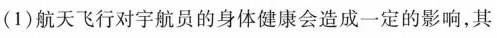
(1)航天飞行对宇航员的身体健康会造成一定的影响，其